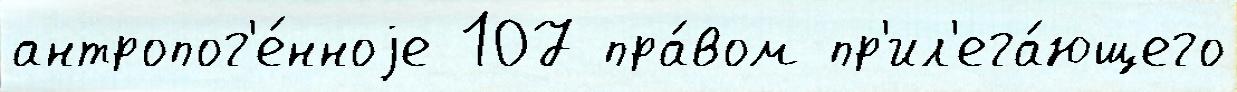
антропог'е́нноjе 107 пра́вом пр'ил'ега́ющего